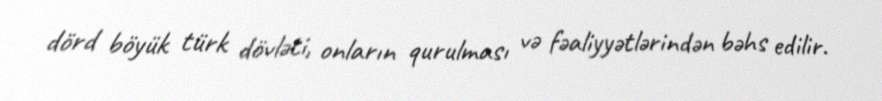
dörd böyük türk dövləti, onların qurulması və fəaliyyətlərindən bəhs edilir.